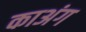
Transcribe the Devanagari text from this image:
काअंग